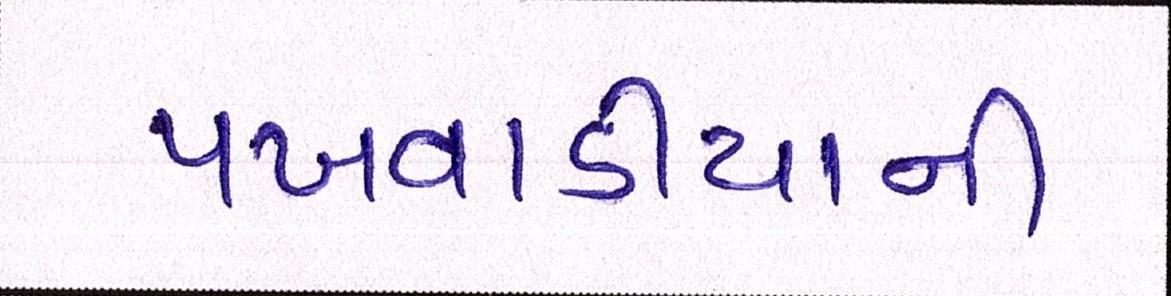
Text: પખવાડીયાની